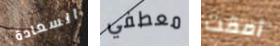
السعادة معطفي أمقت